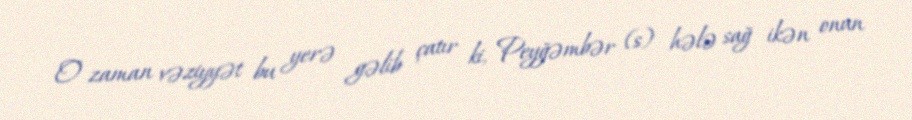
O zaman vəziyyət bu yerə gəlib çatır ki, Peyğəmbər (s) hələ sağ ikən onun